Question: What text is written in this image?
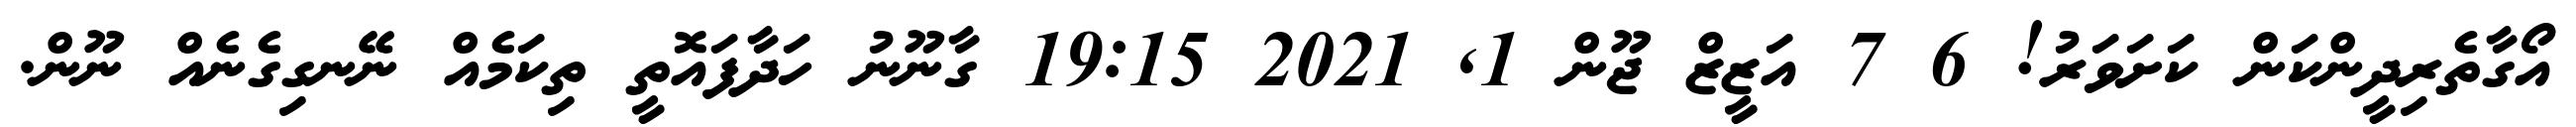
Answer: އޯގާތެރިދީންކަން ކަށަވަރު! 6 7 އަޒީޒް ޖޫން 1, 2021 19:15 ގާނޫނު ހަދާފައޮތީ ތިކަމެއް ނޭނގިގެނެއް ނޫން.